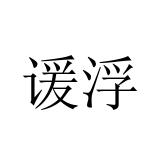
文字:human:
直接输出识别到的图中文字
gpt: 谖浮